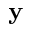
\mathbf { y }